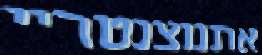
אתנוצנטריי